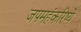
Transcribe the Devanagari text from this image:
जपमहंकरिष्ये